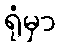
ရုံမှာ